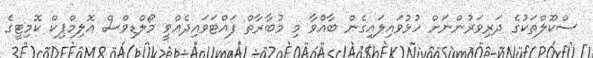
ސްކޫލްތަކުގެ ދަރިވަރުންނަށް ހުޅުވައިލައިގެން ބާއްވާ މި މުބާރާތް ފައްޓަވައިދެއްވީ މޯލްޑިވްސް އޮލިމްޕިކް ކޮމިޓީގެ